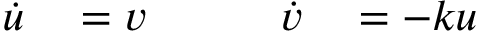
\begin{array} { r l r l } { \dot { u } } & { { } = v \qquad { } } & { \dot { v } } & { { } = - k u } \end{array}